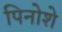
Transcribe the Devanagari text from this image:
पिनोशे